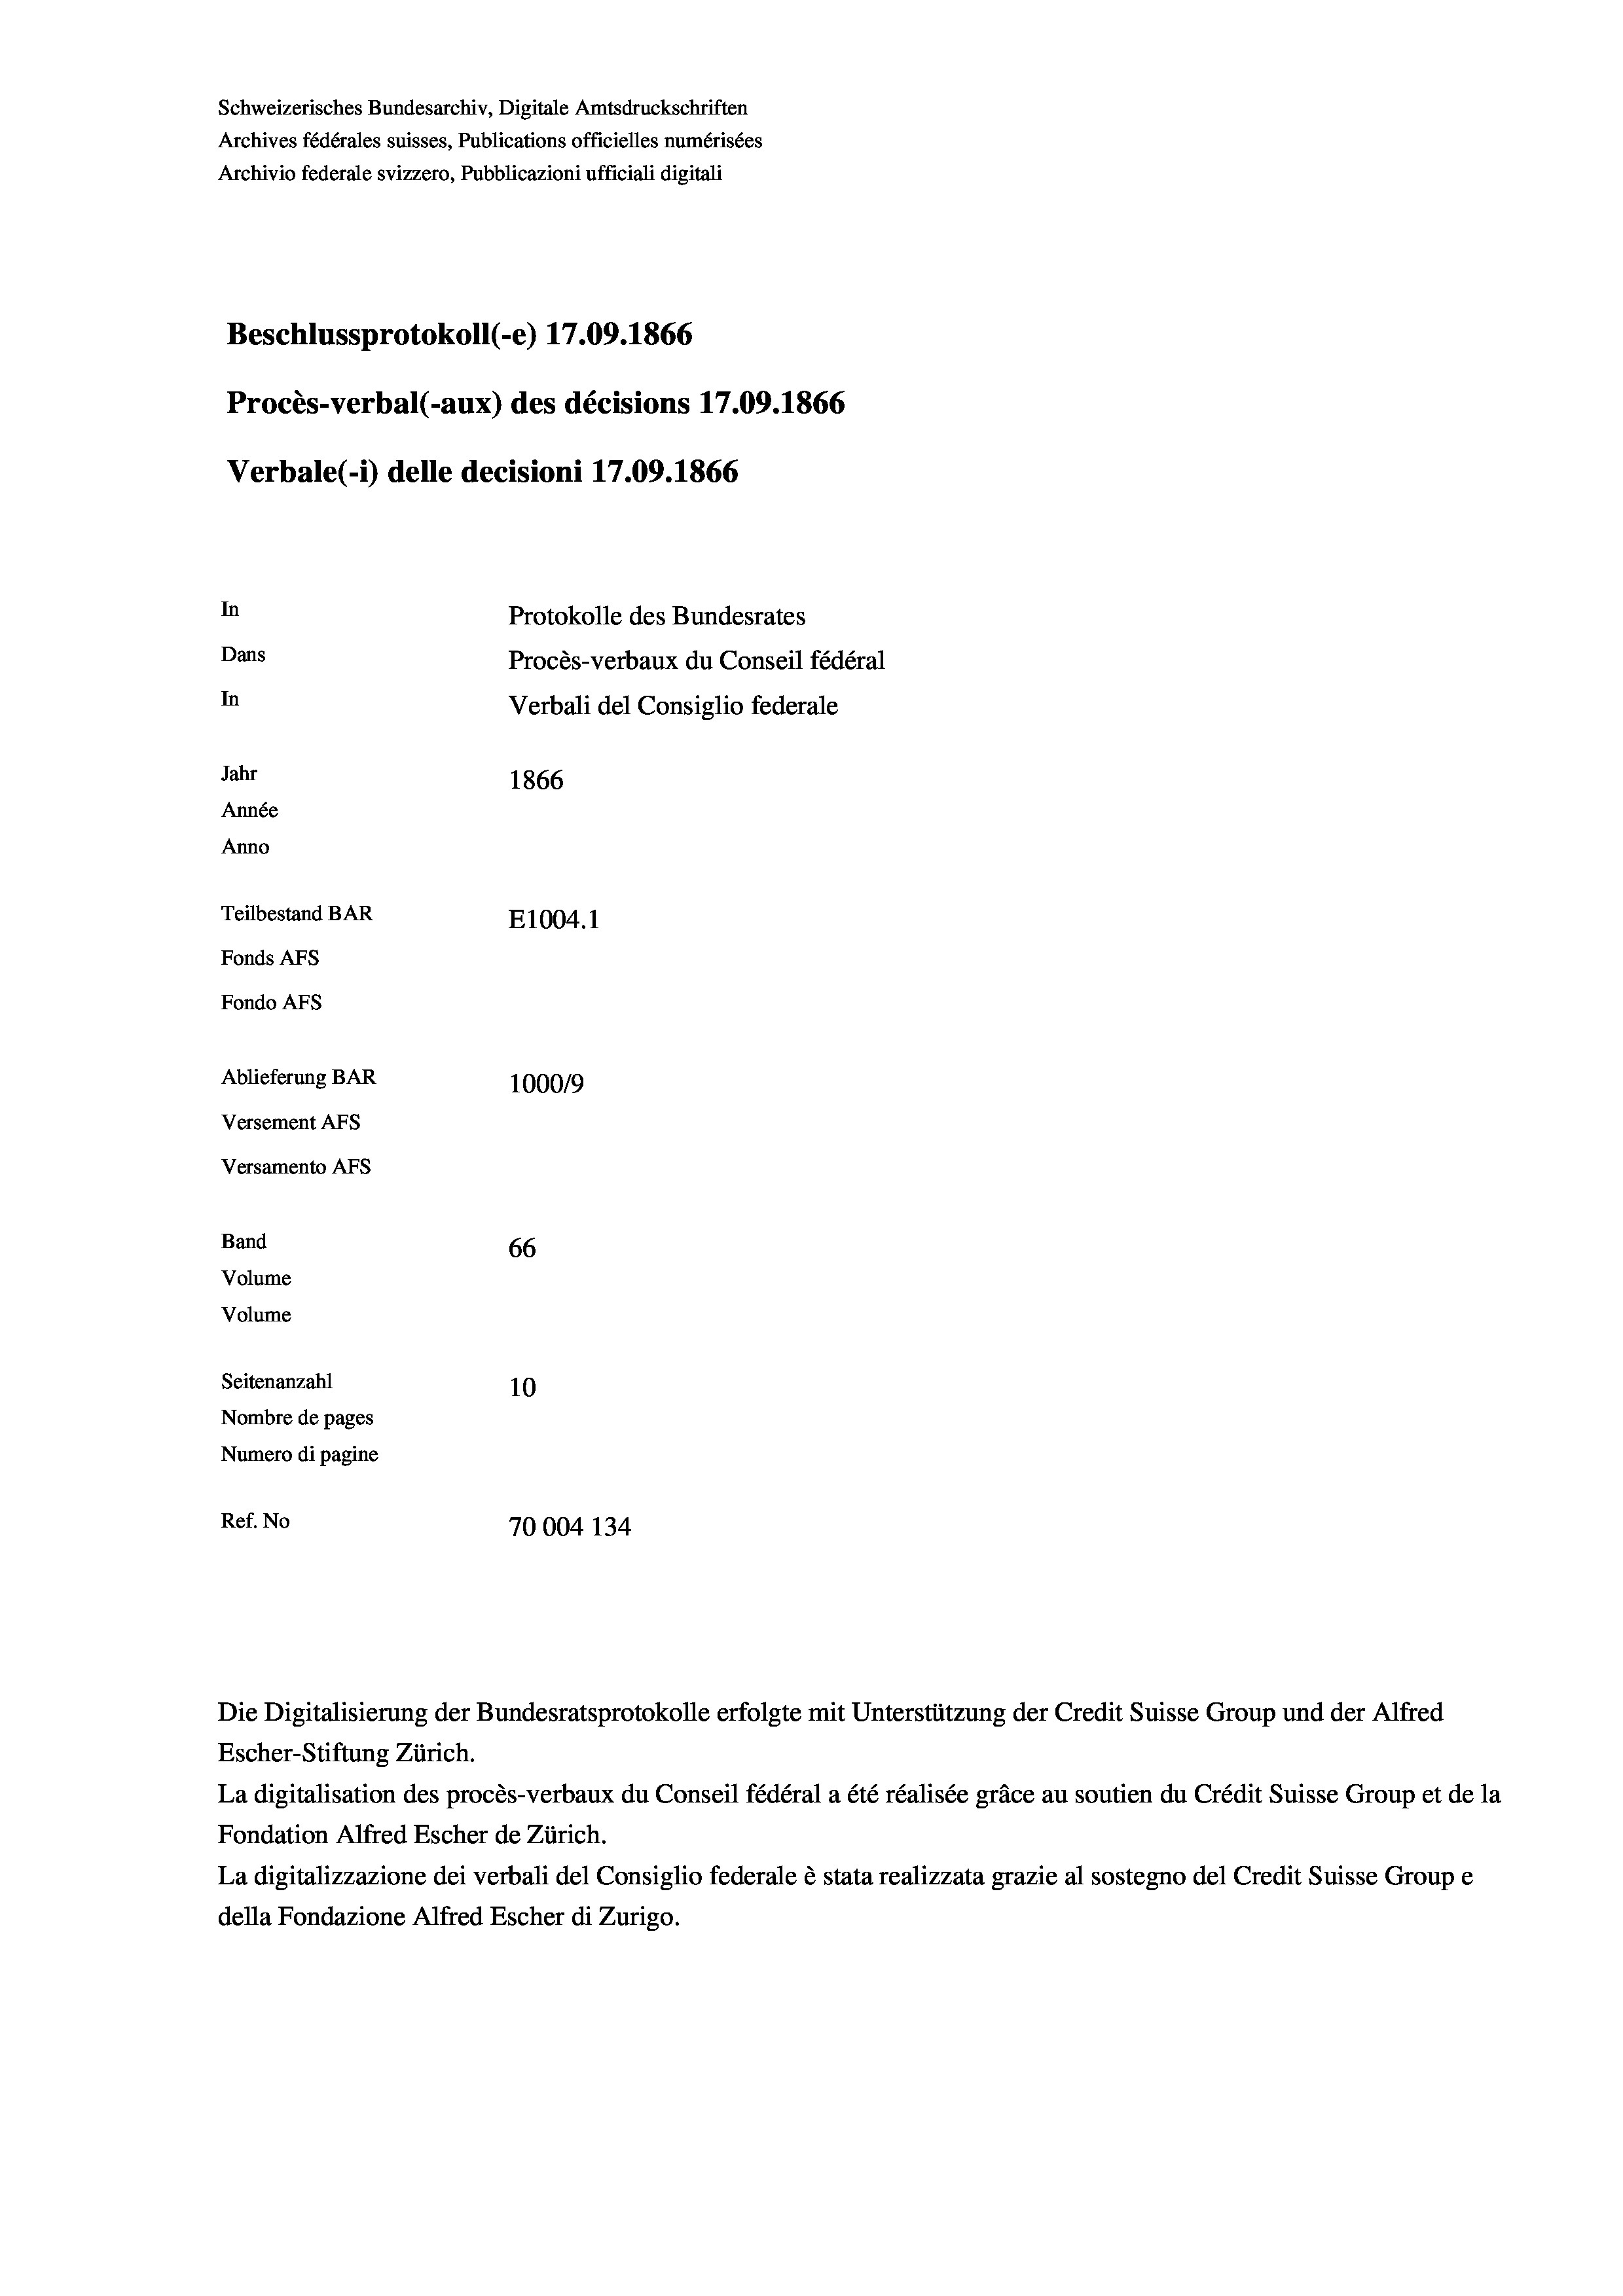
Schweizerisches Bundesarchiv, Digitale Amtsdruckschriften
Archives fédérales suisses, Publications officielles numérisées
Archivio federale svizzero, Pubblicazioni ufficiali digitali
Beschlussprotokoll (-e) 17.09. 1866
Procès-verbal (-aux) des décisions 17.09. 1866
Verbale (i) delle decisioni 17.09. 1866
In
Protokolle des Bundesrates
Dans
Procès-verbaux du Conseil fédéral
In
Verbali del Consiglio federale
Jahr
1866
Année
Anno
Teilbestand BAR
E1004. 1
Fonds AFs
Fondo AFs
Ablieferung BAR
1000/9
Versement Abs
Versamento Afs
Band
66
Volume
Volume
Seitenanzahl

10
Nombre de pages
Numero di pagine
Ref. No
70004 134

Escher-Stiftung Zürich.
La digitalisation des procès-verbaux du Conseil fédéral a été réalisée gräce au soutien du Crédit Suisse Group et de la
Fondation Alfred Escher de Zürich.
La digitalizzazione dei verbali del Consiglio federale è stata realizzata grazie al sostegno del Credit Suisse Groupe
della Fondazione Alfred Escher di Zurigo.

Die Digitalisierung der Bundesratsprotokolle erfolgte mit Unterstützung der Credit Suisse Group und der Alfred